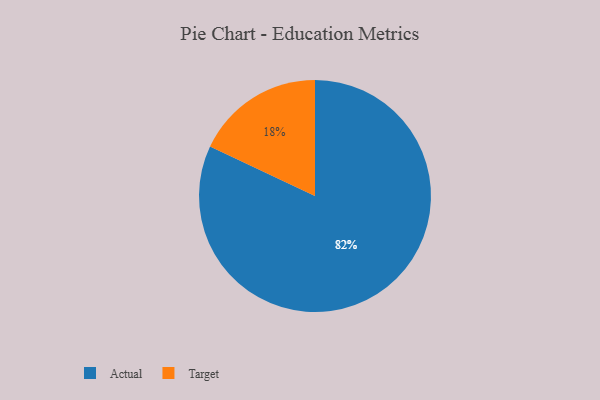
{"axis": {"x": "Category", "y": "Percentage"}, "legend": ["Actual", "Target"], "data": [{"x": "Target", "y": 18, "type": "Target"}, {"x": "Actual", "y": 82, "type": "Actual"}]}